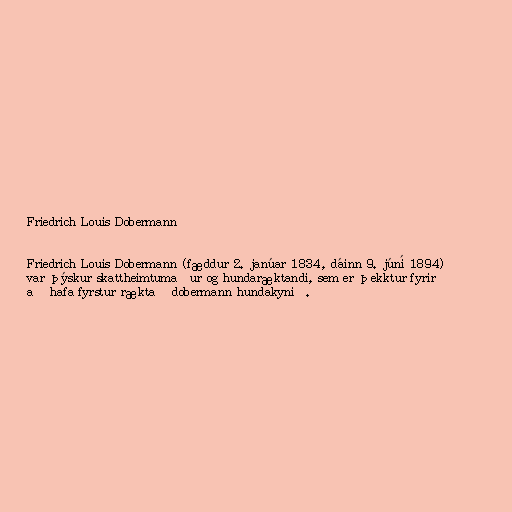
Friedrich Louis Dobermann

Friedrich Louis Dobermann (fæddur 2. janúar 1834, dáinn 9. júní 1894)
var þýskur skattheimtumaður og hundaræktandi, sem er þekktur fyrir
að hafa fyrstur ræktað dobermann hundakynið.